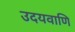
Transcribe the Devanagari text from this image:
उदयवाणि